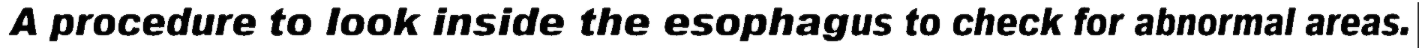
A procedure to look inside the esophagus to check for abnormal areas.